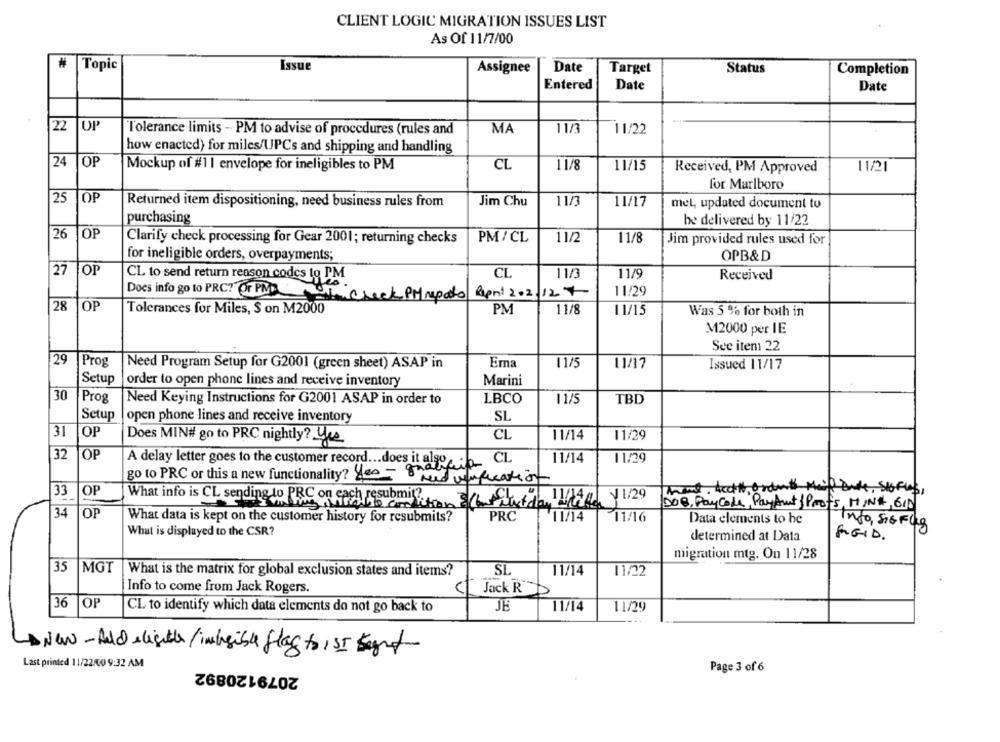
CLIENT LOGIC MIGRATION ISSUES LIST
As Of 11/7/00
Topic
Issue
Assignee
Date
Target
Status
Completion
Entered
Date
Date
22
OP
Tolerance limits - PM to advise of procedures (rules and
MA
11/3
11/22
how enacted) for miles/UPCs and shipping and handling
24
OP
Mockup of #11 envelope for ineligibles to PM
CL
11/8
11/15
Received, PM Approved
11/21
for Marlboro
25
OP
Returned item dispositioning, need business rules from
Jim Chu
11/3
11/17
mel, updated document to
purchasing
be delivered by 11/22
26
OP
Clarify check processing for Gear 2001; returning checks
PM/ CL
11/2
11/8
Jim provided rules used for
for ineligible orders, overpayments;
OPB&D
27
OP
CL
11/3
11/9
CL to send return reason codes to PM
Received
Does info go to PRC? Or PM
Sricheck PMrepato Bapril202/12 +
11/29
28
OF
Tolerances for Miles, $ on M2000
PM
11/8
11/15
Was 5 % for both in
M2000 per IE
See item: 22
29
Prog
11/5
Need Program Setup for G2001 (green sheet) ASAP in
Ema
11/17
Issued 11/17
Setup
order to open phone lines and receive inventory
Marini
30
Prog
Need Keying Instructions for G2001 ASAP in order to
L.BCO
11/5
TBD
Setup
open phone lines and receive inventory
SL
31
OP
CL
11/14
11/29
Does MIN# go to PRC nightly? yes
32
OP
11/14
11/29
A delay letter goes to the customer record ... does it also CL
go to PRC or this a new functionality? 400 - need unification
OP
33
Wird. Acht Ordet Mail Bude, Stofles,
What info is CL sending to PRC on cach resubmit ?.
the condition (bu urt day /
IVA 1/29
DOB, PayCode, PayAnt & Profs, MINA, 610
34
OP
What data is kept on the customer history for resubmits?
PRC
¥11/14
11/16
Data elements to be
Info, SIGFug
What is displayed to the CSR?
determined at Data
RIGID.
migration mtg. On 11/28
35
MGT
SL
11/14
11/22
What is the matrix for global exclusion states and items?
Info to come from Jack Rogers.
(1 Jack R
36
OP
JE
11/14
11/29
CL to identify which data elements do not go back to
New- Ald eligible/imieible flag to , SI seget
Last printed 11/22009:32 AM
2079120892
Page 3 of 6